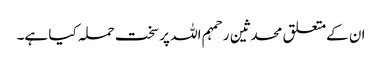
ان کےمتعلق محدثین رحمہم اللہ پر سخت حملہ کیا ہے۔